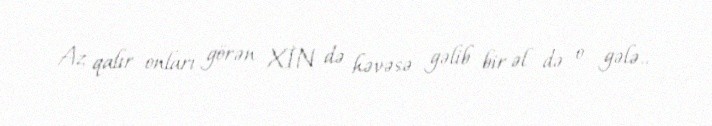
Az qalır onları görən XİN də həvəsə gəlib bir əl də o gələ..